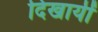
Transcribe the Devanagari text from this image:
दिखायीं